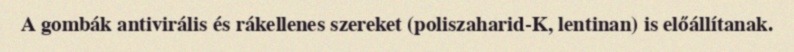
A gombák antivirális és rákellenes szereket (poliszaharid-K, lentinan) is előállítanak.